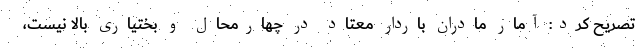
تصریح کرد: آمار مادران باردار معتاد در چهارمحال و بختیاری بالا نیست،